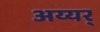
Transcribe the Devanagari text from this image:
अय्यर्